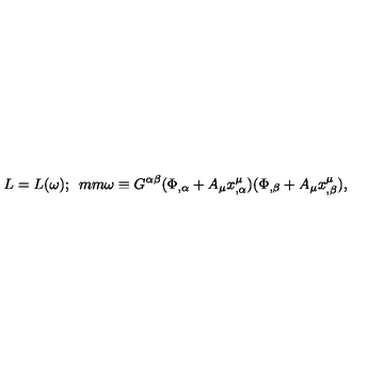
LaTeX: L = L ( \omega ) ; \hspace * { 5 m m } \omega \equiv G ^ { \alpha \beta } ( \Phi _ { , \alpha } + A _ { \mu } x _ { , \alpha } ^ { \mu } ) ( \Phi _ { , \beta } + A _ { \mu } x _ { , \beta } ^ { \mu } ) ,